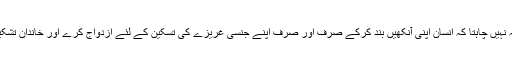
اسلام یہ نہیں چاہتا کہ انسان اپنی آنکھیں بند کرکے صرف اور صرف اپنے جنسی غریزے کی تسکین کے لئے ازدواج کرے اور خاندان تشکیل دے۔